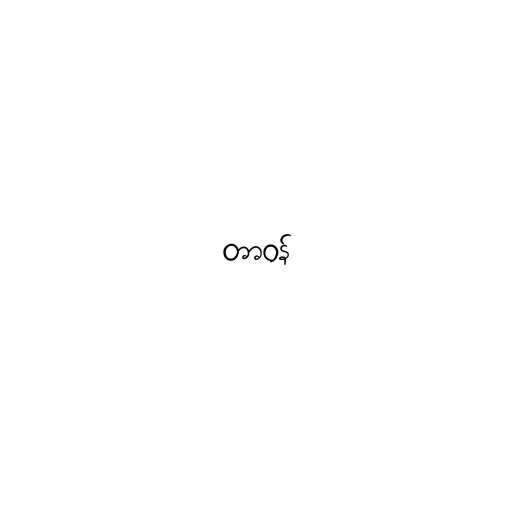
တာဝန်